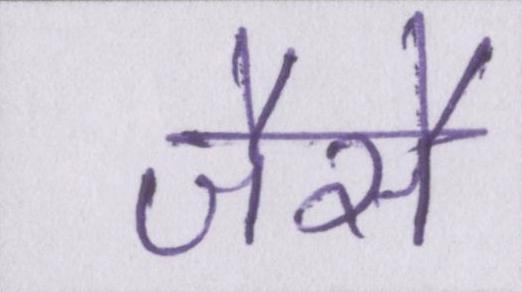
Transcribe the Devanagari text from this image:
जैसै